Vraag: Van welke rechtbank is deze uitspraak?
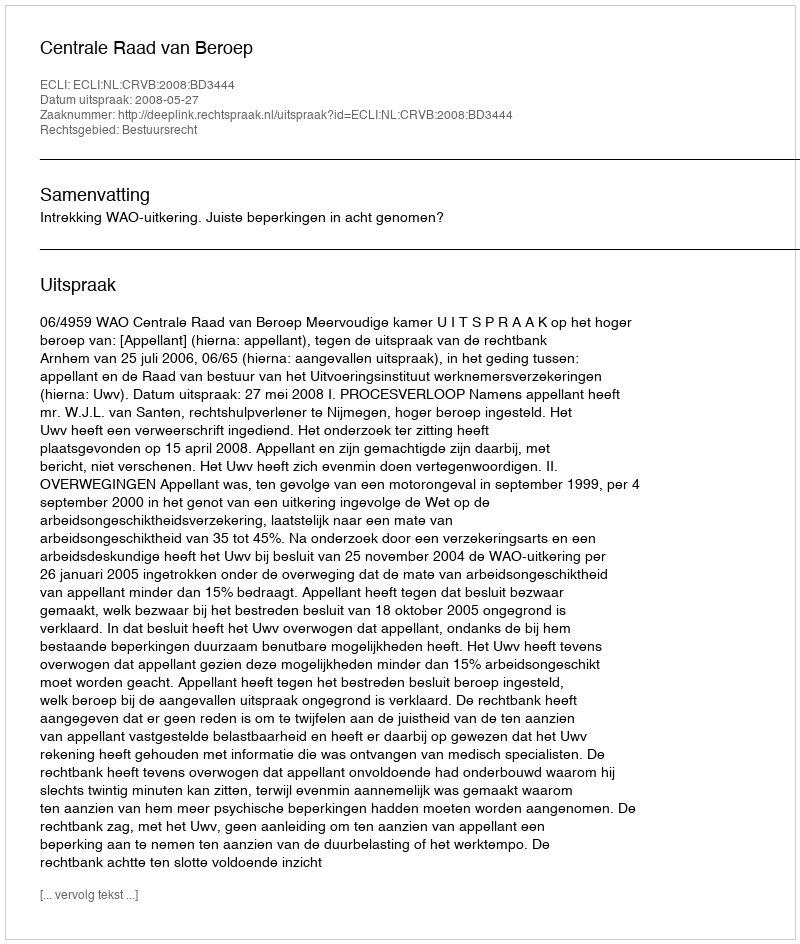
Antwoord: Centrale Raad van Beroep